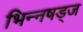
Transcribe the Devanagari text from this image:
भिन्नषड्ज